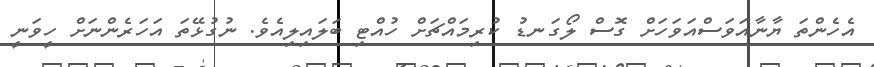
އެހެންތަ ޔާނާއަވަސްއަވަހަށް ގޮސް ލޯގަނޑު ކުރިމައްޗަށް ހުއްޓި ބަލައިލިއެވެ. ނުގުޅޭތަ އަހަރެންނަށް ހީވަނީ